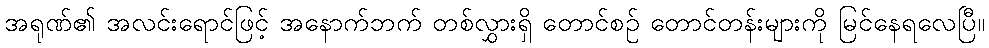
အရုဏ်၏ အလင်းရောင်ဖြင့် အနောက်ဘက် တစ်လွှားရှိ တောင်စဉ် တောင်တန်းများကို မြင်နေရလေပြီ။